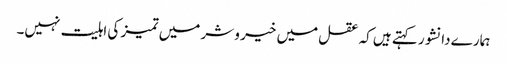
ہمارے دانشور کہتے ہیں کہ عقل میں خیر و شر میں تمیز کی اہلیت نہیں۔